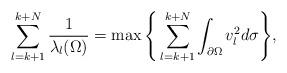
LaTeX: \begin{align*}\sum_{l=k+1}^{k+N}\frac{1}{\lambda_l(\Omega)}=\max\Bigg\{\sum_{l=k+1}^{k+N}\int_{\partial\Omega}v_l^2d\sigma\Bigg\},\end{align*}